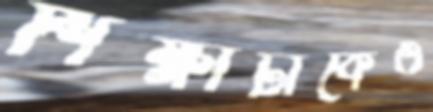
শিক্ষাটাকেও